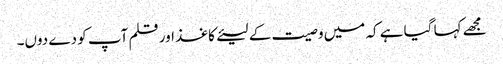
مجھے کہا گیا ہے کہ میں وصیت کے لیئےکاغذ اور قلم آپ کو دے دوں۔